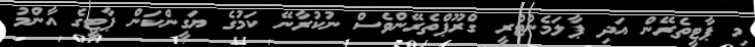
މި ޕާޓީތެރޭން އަދި ޕާލަމެންޓްރީ ގްރޫޕްތެރޭންވެސް ނުކުރާނޭ ކަމުގެ ޔަގީންކަން ޕާޓީގެ އާންމު